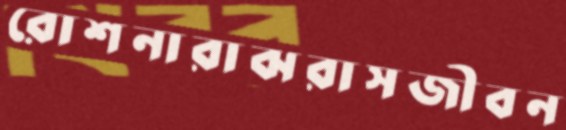
রোশনারাঝরাসজীবন